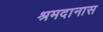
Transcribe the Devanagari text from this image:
श्रमदानास